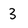
Character: 3